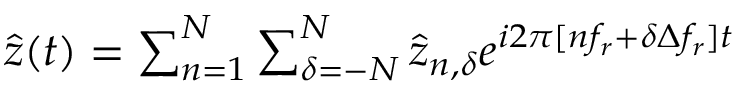
\begin{array} { r } { \hat { z } ( t ) = \sum _ { n = 1 } ^ { N } \sum _ { { \delta } = - N } ^ { N } \hat { z } _ { n , { \delta } } e ^ { i 2 \pi [ n f _ { r } + { \delta } \Delta f _ { r } ] t } } \end{array}